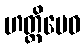
ဟတ္ထိမေဝ